Annual report of the Punjab Veterinary College and of the Civil Veterinary Department, Punjab - 1926-1932
Year: 1926
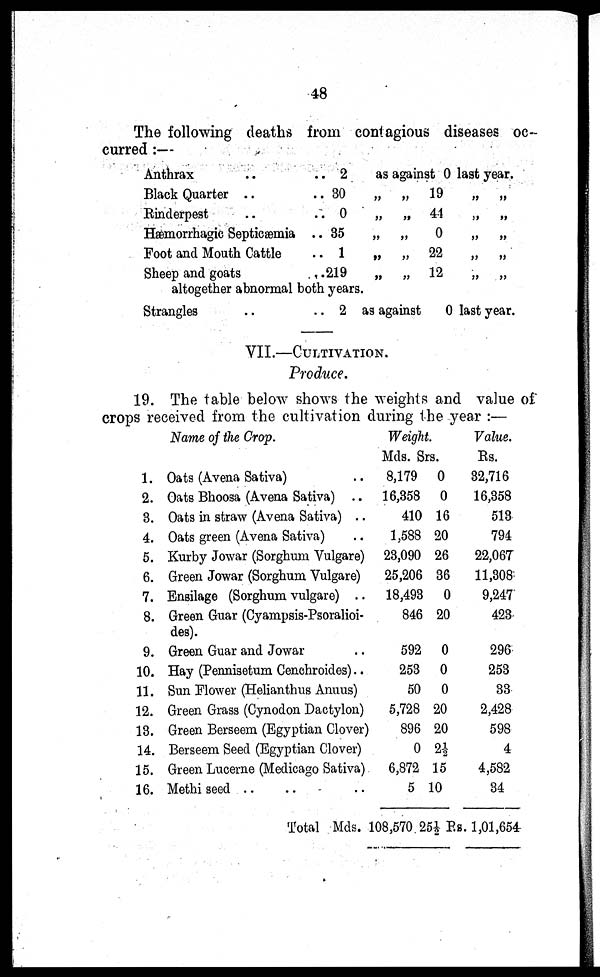
48
The following deaths from contagious diseases oc-
curred :—
Anthrax .. ..
Black Quarter .. ..
Rinderpest .. ..
Hæmorrhagic Septicæmia ..
Foot and Mouth Cattle ..
Sheep and goats ..
2
30
0
35
1
219
altogether abnormal both years.
Strangles .. ..
as against 0 last year.
„ „
„ „
„ „
„ „
„ „
2 as against
19
„
„
44
„ „
0
„ „
22
„ „
12
„ „
0 last year.
VII.—CULTIVATION.
Produce.
19. The table below shows the weights and value of
crops received from the cultivation during the year :—
1.
2.
3.
4.
5.
6.
7.
8.
9.
10.
11.
12.
13.
14.
15.
16.
Name of the Crop.
Oats (Avena Sativa) ..
Oats Bhoosa (Avena Sativa) ..
Oats in straw (Avena Sativa) ..
Oats green (Avena Sativa)
Kurby Jowar (Sorghum Vulgare)
Green Jowar (Sorghum Vulgare)
Ensilage (Sorghum vulgare) ..
Green Guar (Cyampsis-Psoralioi-
des).
Green Guar and Jowar ..
Hay (Pennisetum Cenchroides)..
Sun Flower (Helianthus Annus)
Green Grass (Cynodon Dactylon)
Green Berseem (Egyptian Clover)
Berseem Seed (Egyptian Clover)
Green Lucerne (Medicago Sativa)
Methi seed .. .. ..
Total Mds.
Weight.
Mds.
8,179
16,358
410
1,588
23,090
25,206
18,493
846
592
253
50
5,728
896
0
6,872
5
108,570
Srs.
0
0
16
20
26
36
0
20
0
0
0
20
20
2½
15
10
25½ Rs.
Value.
Rs.
32,716
16,358
513
794
22,067
11,308
9,247
423
296
253
33
2,428
598
4
4,582
34
1,01,654